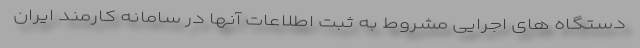
دستگاه های اجرایی مشروط به ثبت اطلاعات آنها در سامانه کارمند ایران